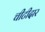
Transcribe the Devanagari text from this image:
चीटीदार